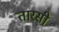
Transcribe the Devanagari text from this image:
तारसी